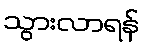
သွားလာရန်